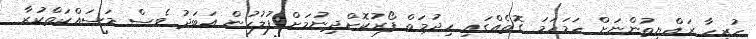
ހުރިހާ ރައްޔިތުންނަށް ހަމަހަމަ ގޮތެއްގައި ހިދުމަތް ފޯރުކޮށްދިނުމަށް ފުލުހުން އަބަދު ވެސް މަސައްކަތްކުރާ